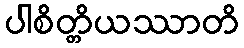
ပါစိတ္တိယဿာတိ